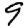
Digit: 9